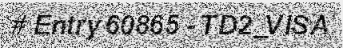
# Entry 60865 - TD2_VISA